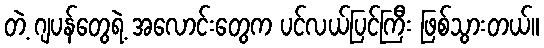
တဲ့ ဂျပန်တွေရဲ့ အလောင်းတွေက ပင်လယ်ပြင်ကြီး ဖြစ်သွားတယ်။